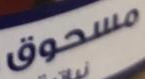
مسحوق